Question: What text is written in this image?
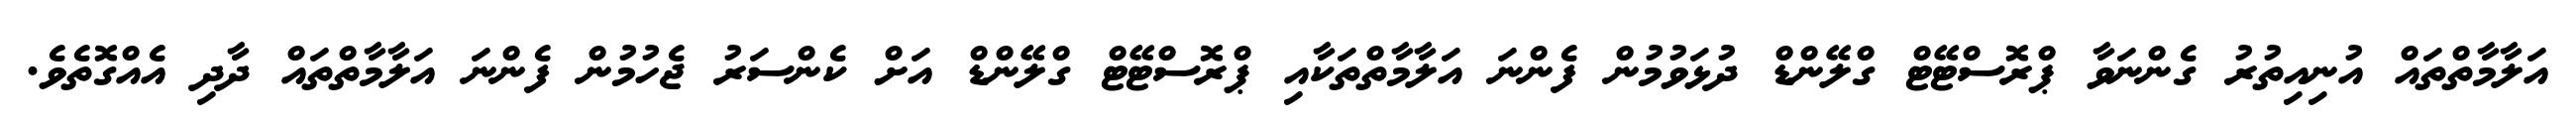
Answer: އަލާމާތްތައް އުނިއިތުރު ގެންނަވާ ޕްރޮސްޓޭޓް ގްލޭންޑް ދުޅަވުމުން ފެންނަ އަލާމާތްތަކާއި ޕްރޮސްޓޭޓް ގްލޭންޑް އަށް ކެންސަރު ޖެހުމުން ފެންނަ އަލާމާތްތައް ދާދި އެއްގޮތެވެ.